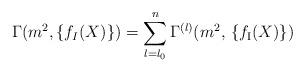
LaTeX: \begin{align*}\Gamma (m^2, \{ f_I (X) \}) = \sum_{l = l_0}^n \Gamma^{(l)} (m^2, \, \{ f_{\mbox{\scriptsize{I}}} (X) \} ) \end{align*}